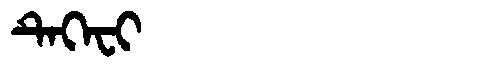
Manchu: ᡨᡝᡴᡝᠸᡳ
Romanization: TEKEFI